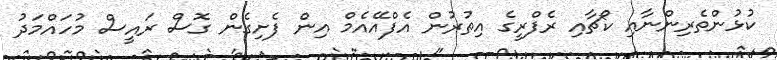
ކުޅުންތެރިންނާއި ކޯޗާއި ރެފްރީގެ އިތުރުން އެފްއޭއެމް އިން ފެށިގެން ގޮސް ރައީސް މުހައްމަދު